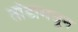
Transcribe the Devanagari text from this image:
तोंडामधून